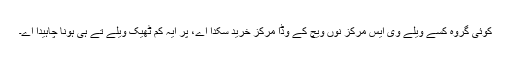
کوئی گروہ کسے ویلے وی ایس مرکز نوں ویچ کے وڈا مرکز خرید سکدا اے، پر ایہ کم ٹھیک ویلے تے ہی ہونا چاہیدا اے۔